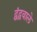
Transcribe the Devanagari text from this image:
द्वंद्ववाले